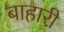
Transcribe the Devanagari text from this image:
बाहारी